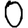
Digit: 0